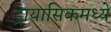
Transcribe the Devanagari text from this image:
ट्रायासिकमध्ये